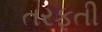
તરફતી